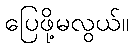
ပြေဖို့မလွယ်။